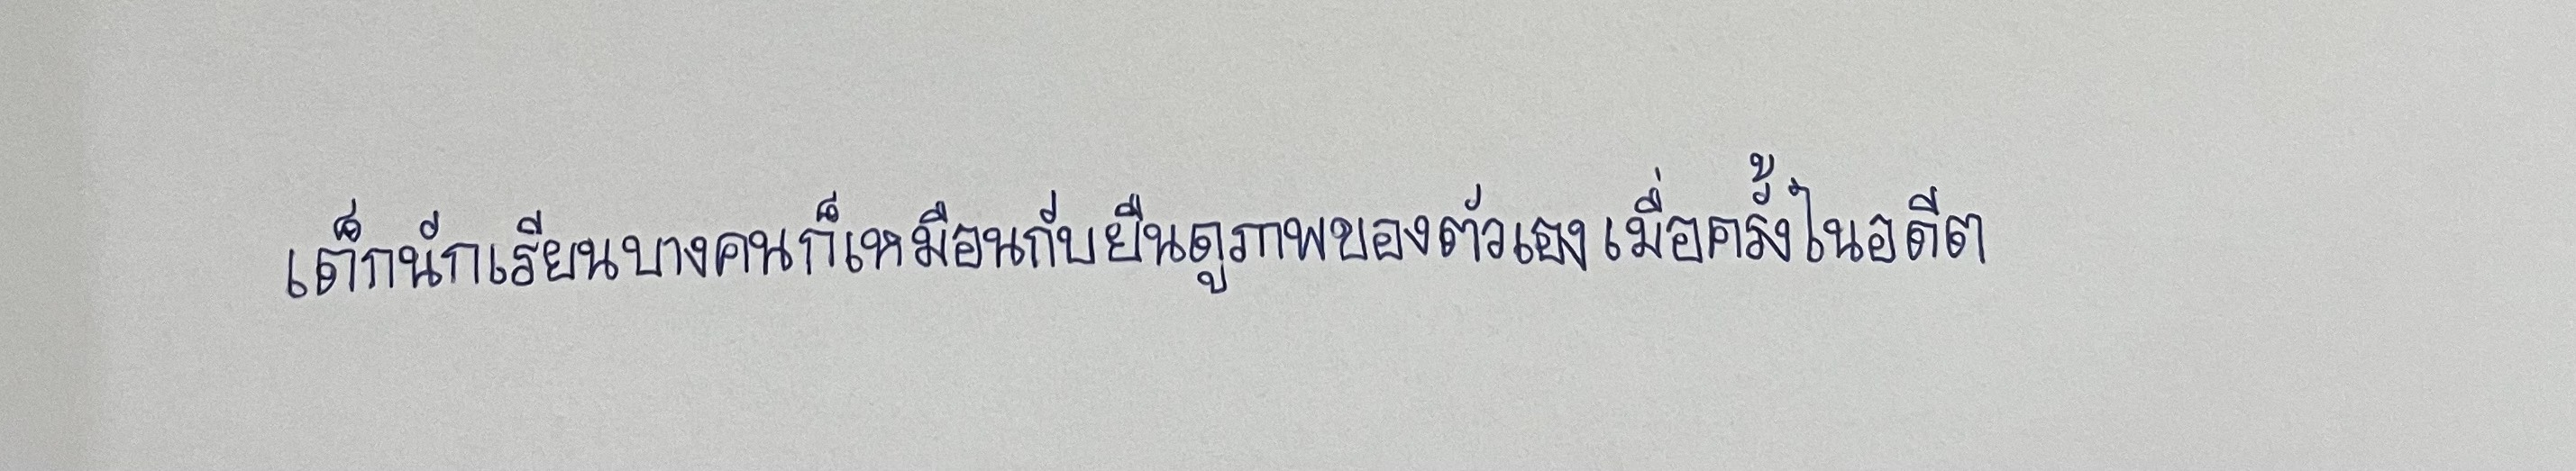
เด็กนักเรียนบางคนก็เหมือนกับยืนดูภาพของตัวเองเมื่อครั้งในอดีต